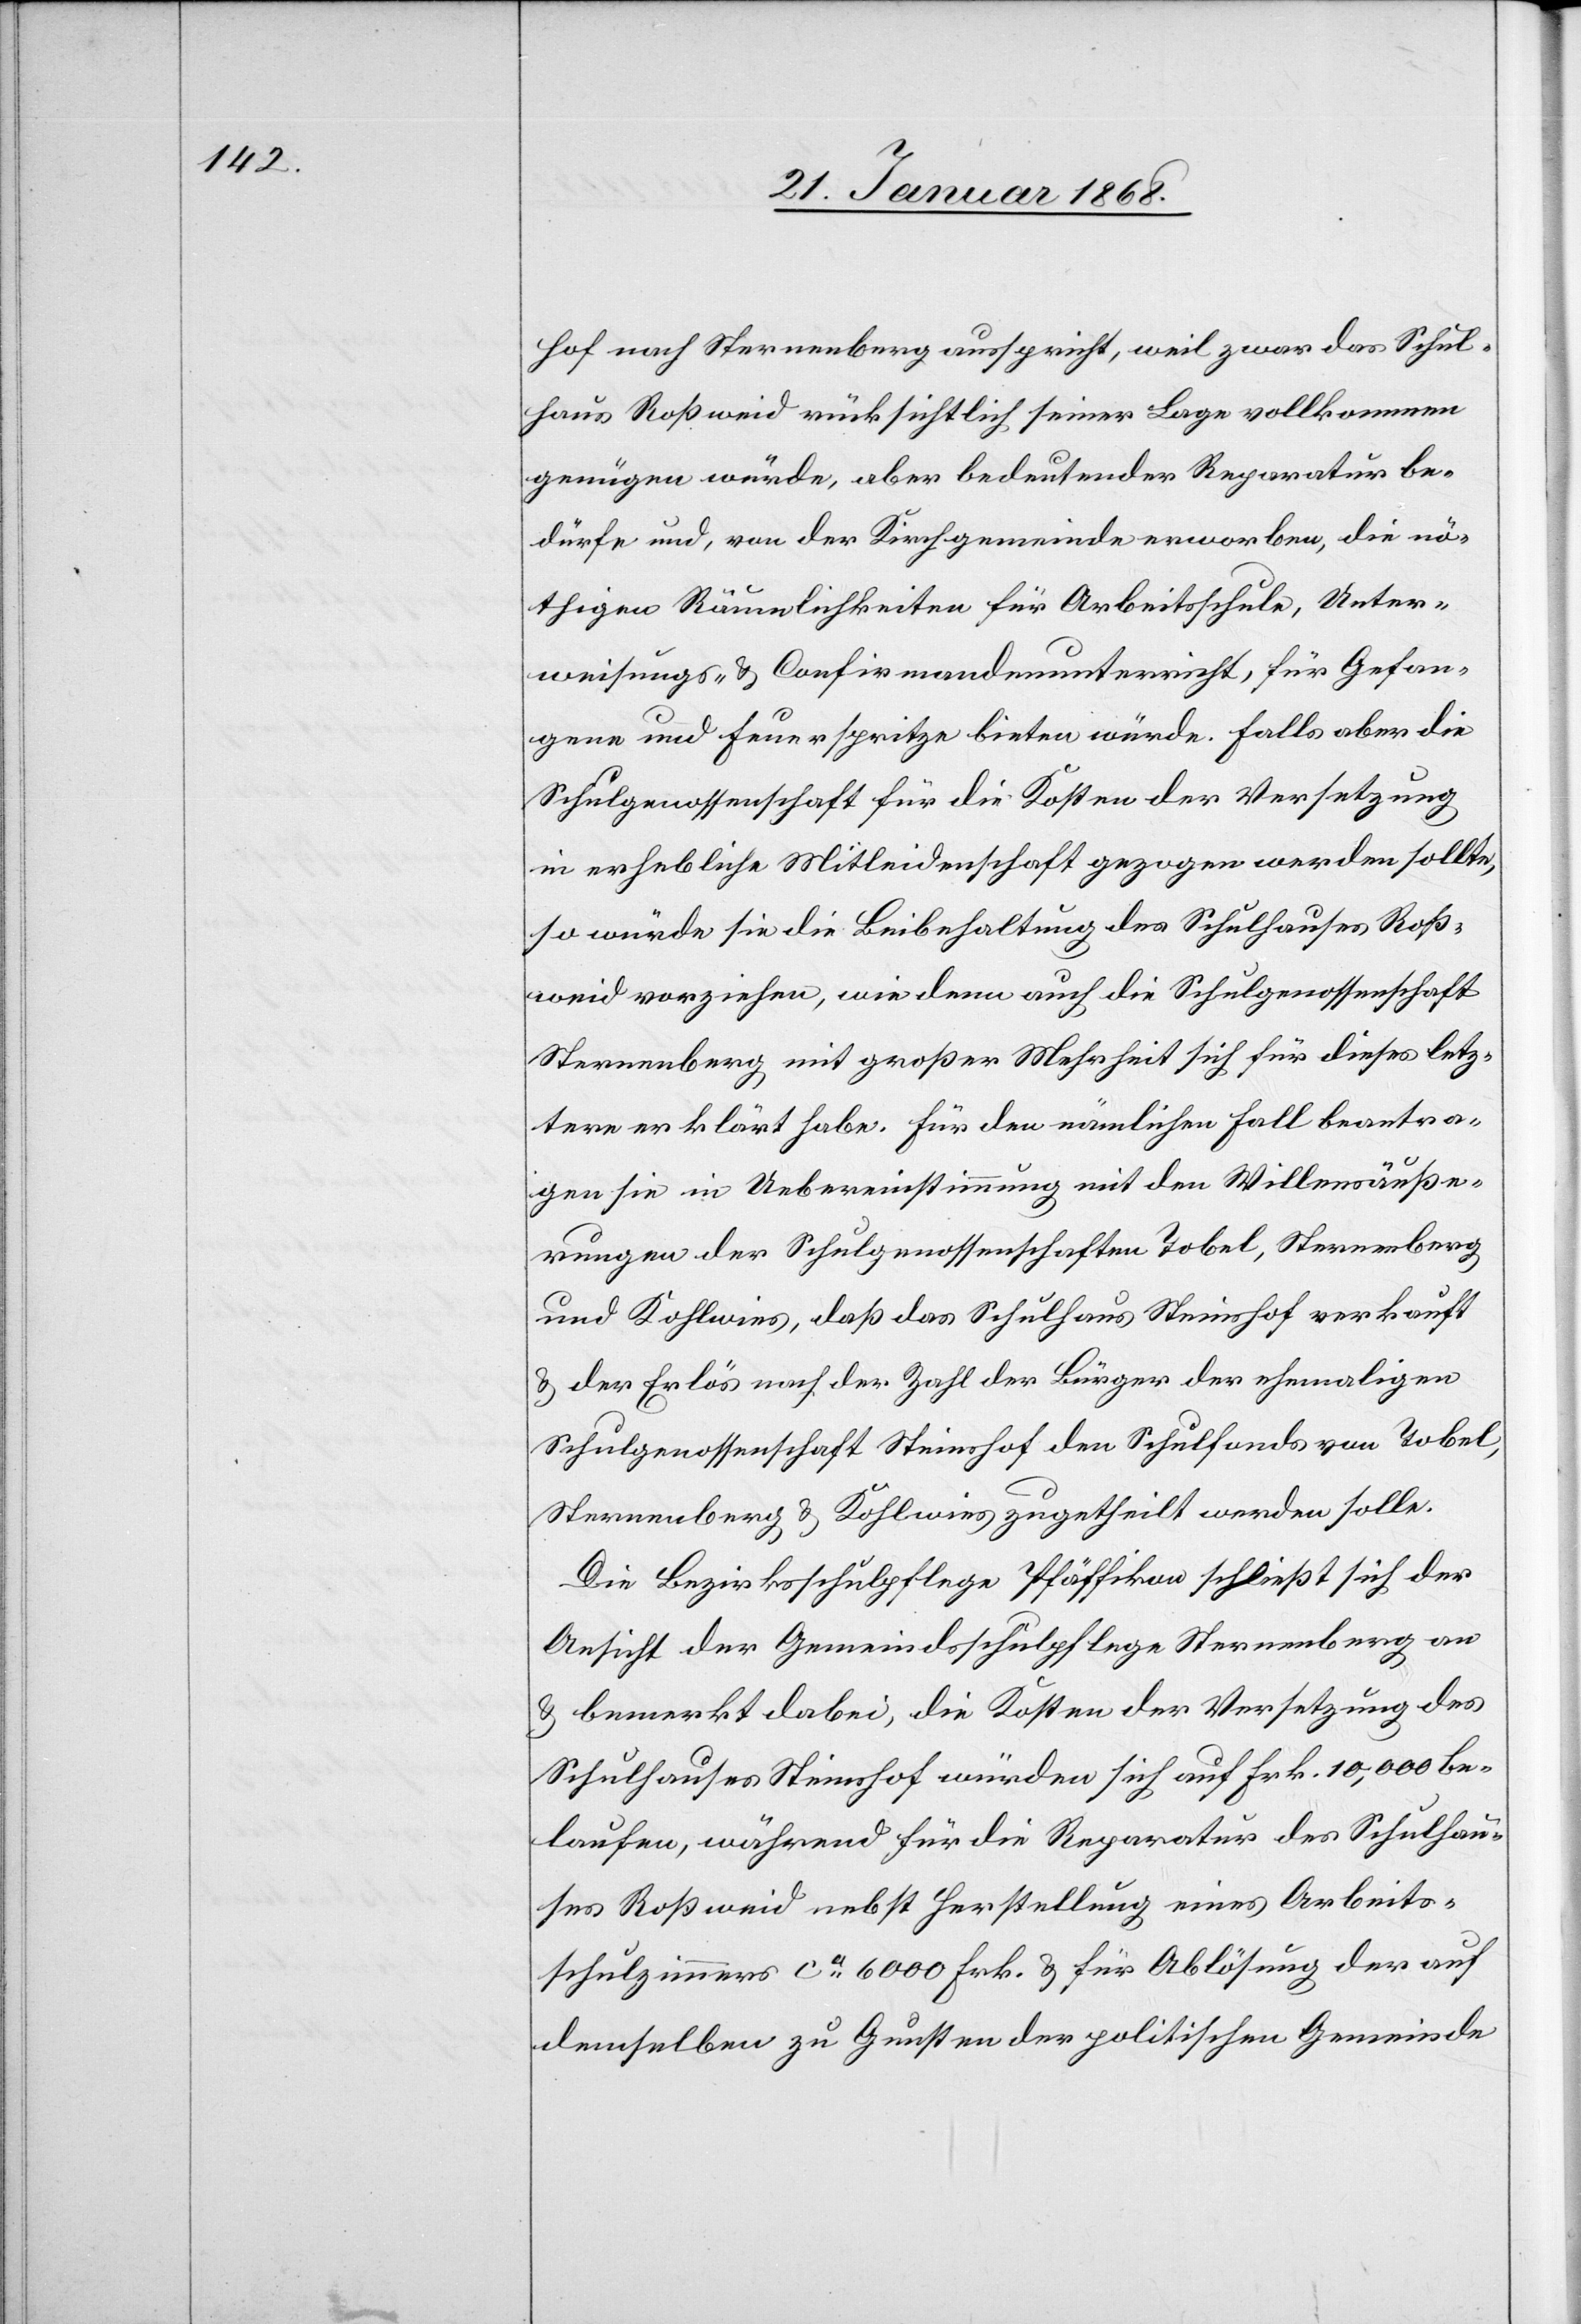
hof nach Sternenberg ausspricht, weil zwar das Schul¬
haus Roßweid rücksichtlich seiner Lage vollkommen
genügen würde, aber bedeutender Reparatur be¬
dürfe und, von der Kirchgemeinde erworben, die nö¬
thigen Räumlichkeiten für Arbeitsschule, Unter¬
weisungs- & Confirmandenunterricht, für Gefan¬
gene und Feuerspritze bieten würde. Falls aber die
Schulgenossenschaft für die Kosten der Versetzung
in erhebliche Mitleidenschaft gezogen werden sollte,
so würde sie die Beibehaltung des Schulhauses Roß¬
weid vorziehen, wie denn auch die Schulgenossenschaft
Sternenberg mit großer Mehrheit sich für dieses letz¬
tere erklärt habe. Für den nämlichen Fall beantra¬
gen sie in Uebereinstimmung mit den Willensäuße¬
rungen der Schulgenossenschaften Tobel, Sternenberg
und Kohlwies, daß das Schulhaus Steinshof verkauft
& der Erlös nach der Zahl der Bürger der ehemaligen
Schulgenossenschaft Steinshof den Schulfonds von Tobel,
Sternenberg & Kohlwies zugetheilt werden solle.
Die Bezirksschulpflege Pfäffikon schließt sich der
Ansicht der Gemeindsschulpflege Sternenberg an
& bemerkt dabei, die Kosten der Versetzung des
Schulhauses Steinshof würden sich auf Frk. 10,000 be¬
laufen, während für die Reparatur des Schulhau¬
ses Roßweid nebst Herstellung eines Arbeits¬
schulzimmers ca. 6000 Frk. & für Ablösung der auf
demselben zu Gunsten der politischen Gemeinde